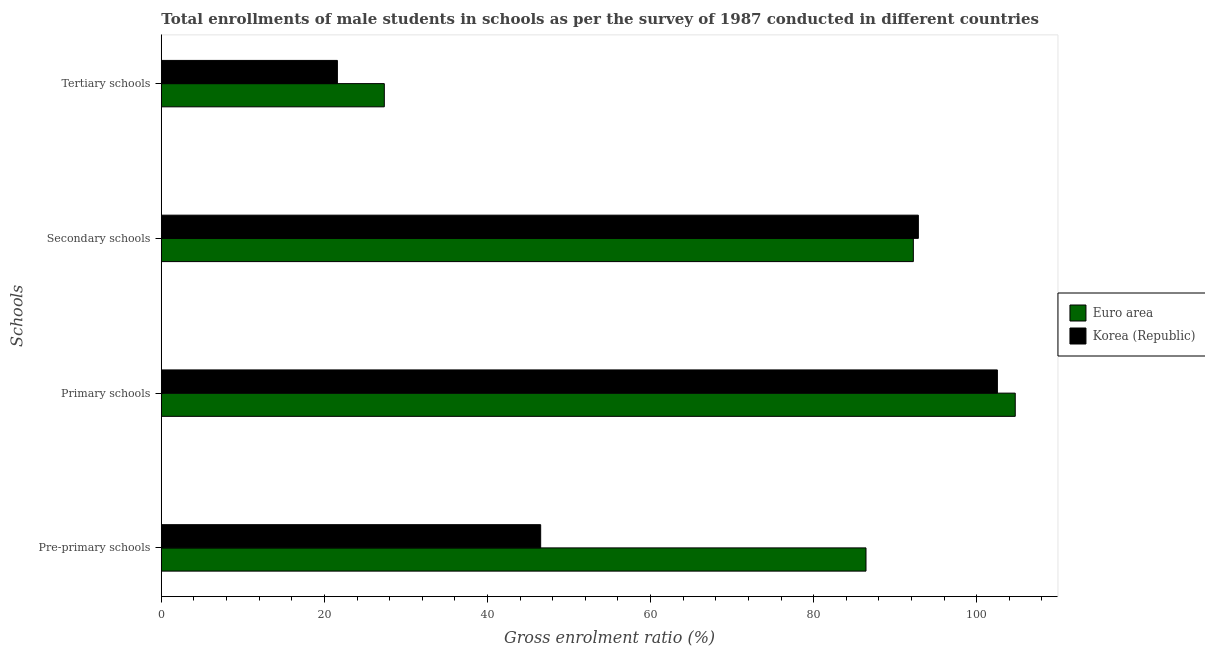
| Schools | Euro area | Korea (Republic) |
 | --- | --- | --- |
 | Pre-primary schools | 86.4 | 46.5 |
 | Primary schools | 105 | 103 |
 | Secondary schools | 92.2 | 92.8 |
 | Tertiary schools | 27.3 | 21.6 |